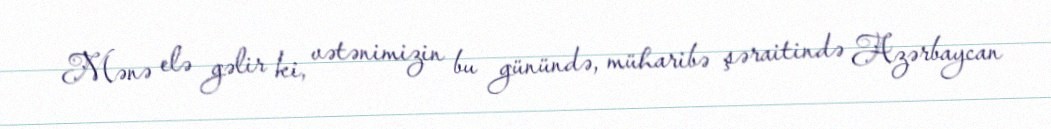
Mənə elə gəlir ki, vətənimizin bu günündə, müharibə şəraitində Azərbaycan